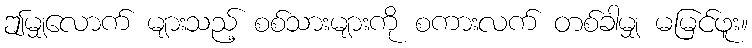
ဤမျှလောက် များသည့် စစ်သားများကို စကားလက် တစ်ခါမျှ မမြင်ဖူး။